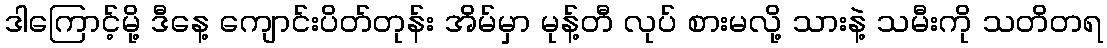
ဒါကြောင့်မို့ ဒီနေ့ ကျောင်းပိတ်တုန်း အိမ်မှာ မုန့်တီ လုပ် စားမလို့ သားနဲ့ သမီးကို သတိတရ